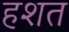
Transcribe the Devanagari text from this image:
हशत